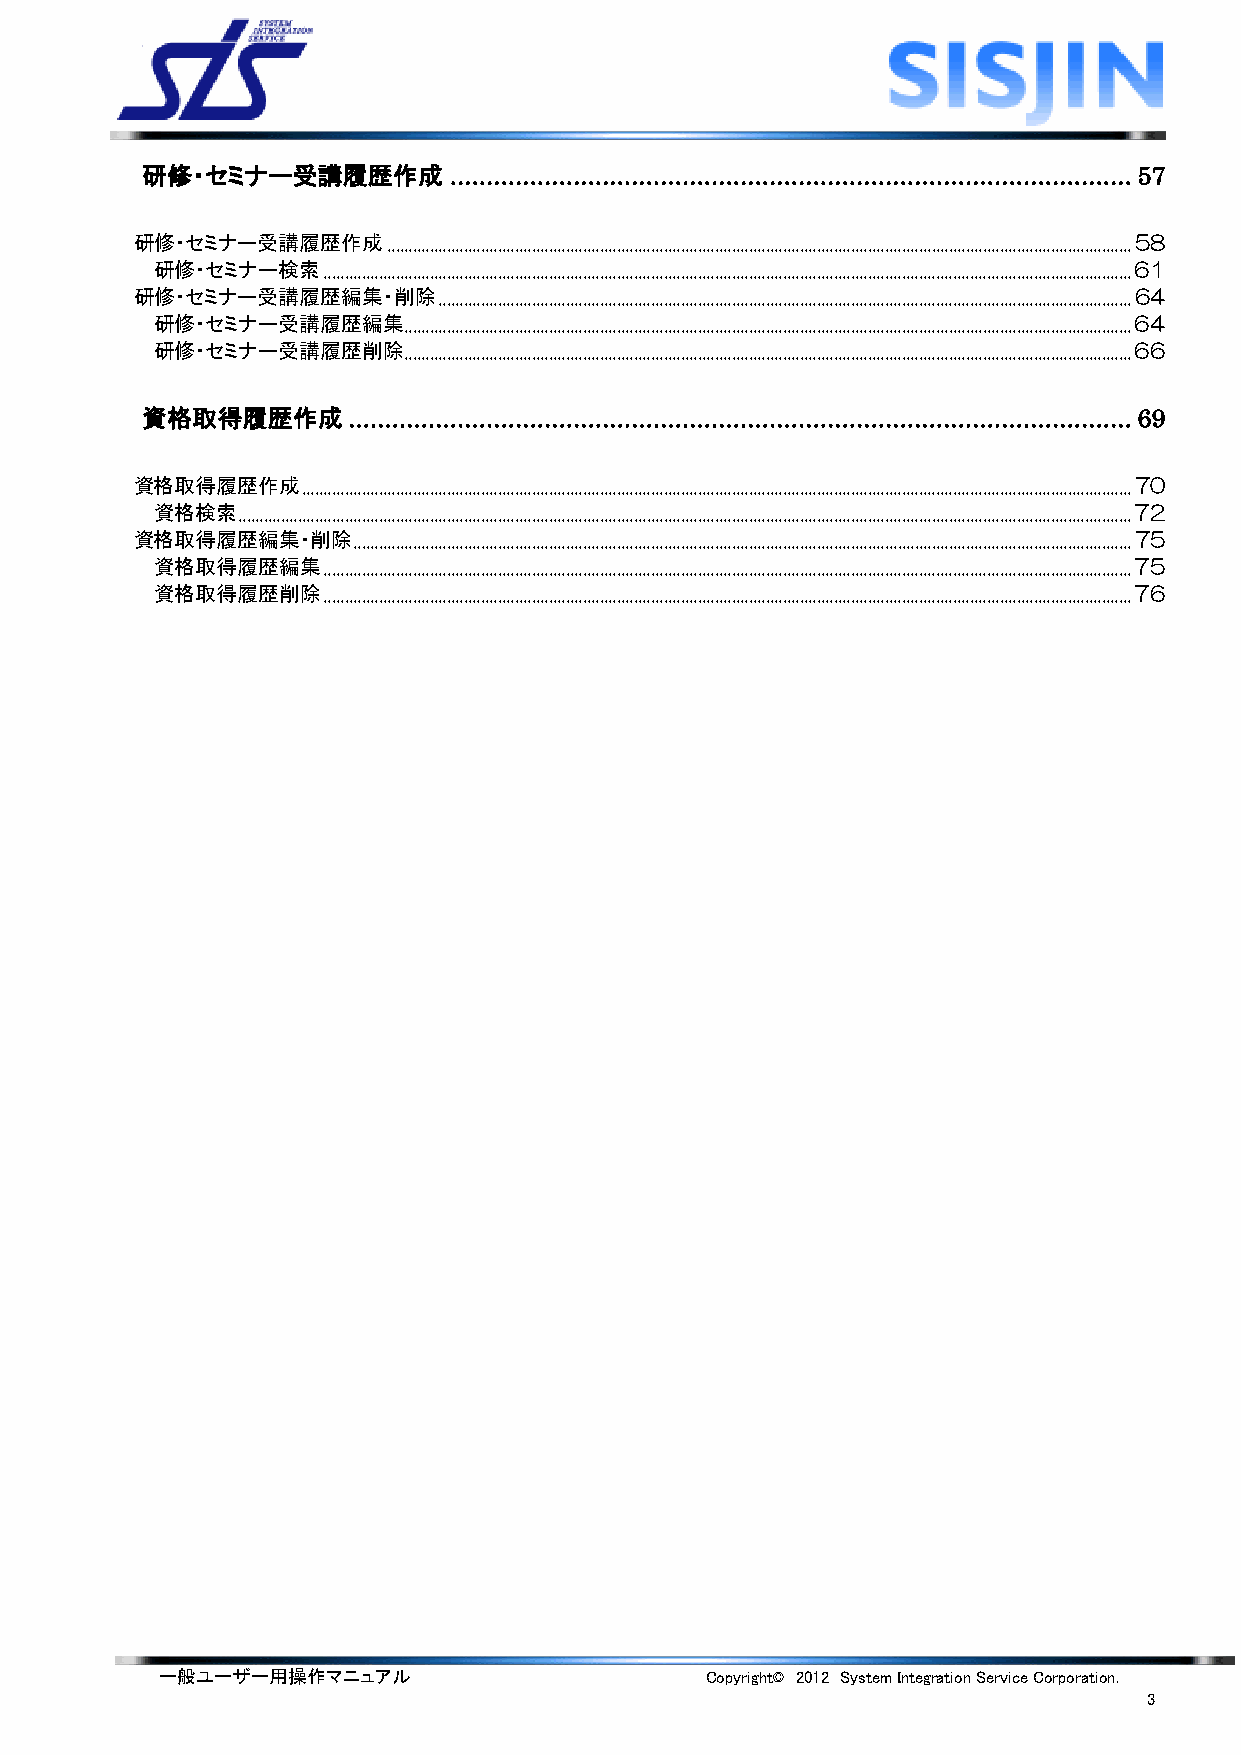
研修・セミナー受講履歴作成        .............................................................................................. 57
 研修・セミナー受講履歴作成    ............................................................................................................................................................................... 58
 研修・セミナー検索  .............................................................................................................................................................................................. 61
 研修・セミナー受講履歴編集・削除    ................................................................................................................................................................... 64
 研修・セミナー受講履歴編集........................................................................................................................................................................... 64
 研修・セミナー受講履歴削除........................................................................................................................................................................... 66
 資格取得履歴作成      ............................................................................................................ 69
 資格取得履歴作成   ................................................................................................................................................................................................... 70
 資格検索  .................................................................................................................................................................................................................. 72
 資格取得履歴編集・削除   ....................................................................................................................................................................................... 75
 資格取得履歴編集   .............................................................................................................................................................................................. 75
 資格取得履歴削除   .............................................................................................................................................................................................. 76
 一般ユーザー用操作マニュアル                      Copyright© 2012 System Integration Service Corporation.
 3